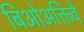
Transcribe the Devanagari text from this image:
बिओअक्तिवे